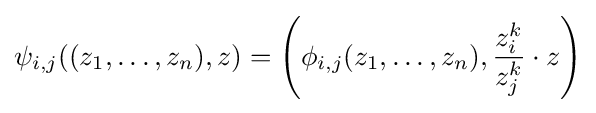
\psi _{i,j}((z_{1},\ldots ,z_{n}),z)=\left(\phi _{i,j}(z_{1},\ldots ,z_{n}),{\frac {z_{i}^{k}}{z_{j}^{k}}}\cdot z\right)